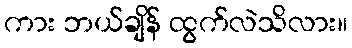
ကား ဘယ်ချိန် ထွက်လဲသိလား။